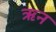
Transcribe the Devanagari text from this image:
ऋन